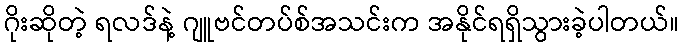
ဂိုးဆိုတဲ့ ရလဒ်နဲ့ ဂျူဗင်တပ်စ်အသင်းက အနိုင်ရရှိသွားခဲ့ပါတယ်။